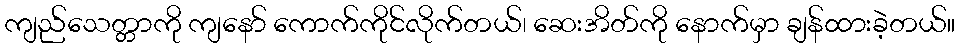
ကျည်သေတ္တာကို ကျနော် ကောက်ကိုင်လိုက်တယ်၊ ဆေးအိတ်ကို နောက်မှာ ချန်ထားခဲ့တယ်။